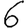
Digit: 6